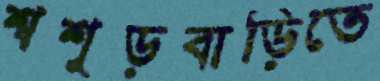
শ্বশুড়বাড়িতে